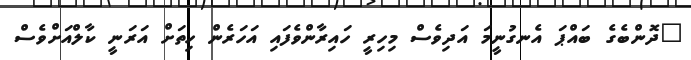
"ދޮންބެގެ ބައްޕަ އެނގުނީމަ އަދިވެސް މިހިރީ ހައިރާންވެފައި އަހަރެން ހިތަށް އަރަނީ ކާލްއަށްވެސް